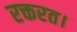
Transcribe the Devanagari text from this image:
रक्तरत।